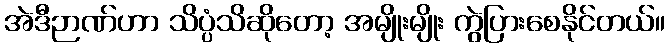
အဲဒီဉာဏ်ဟာ သိပ္ပံသိဆိုတော့ အမျိုးမျိုး ကွဲပြားစေနိုင်တယ်။